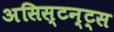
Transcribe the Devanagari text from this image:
असिस्टन्ट्स